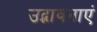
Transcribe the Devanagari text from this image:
उद्भावनाएं